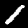
Label: 1